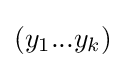
(y_{1}...y_{k})